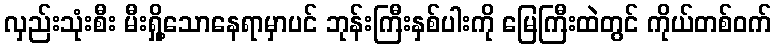
လှည်းသုံးစီး မီးရှို့သောနေရာမှာပင် ဘုန်းကြီးနှစ်ပါးကို မြေကြီးထဲတွင် ကိုယ်တစ်ဝက်